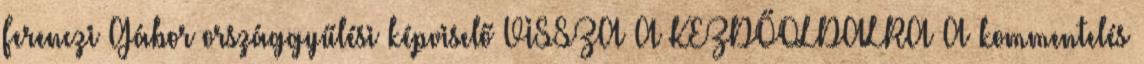
Ferenczi Gábor országgyűlési képviselő VISSZA A KEZDŐOLDALRA A kommentelés